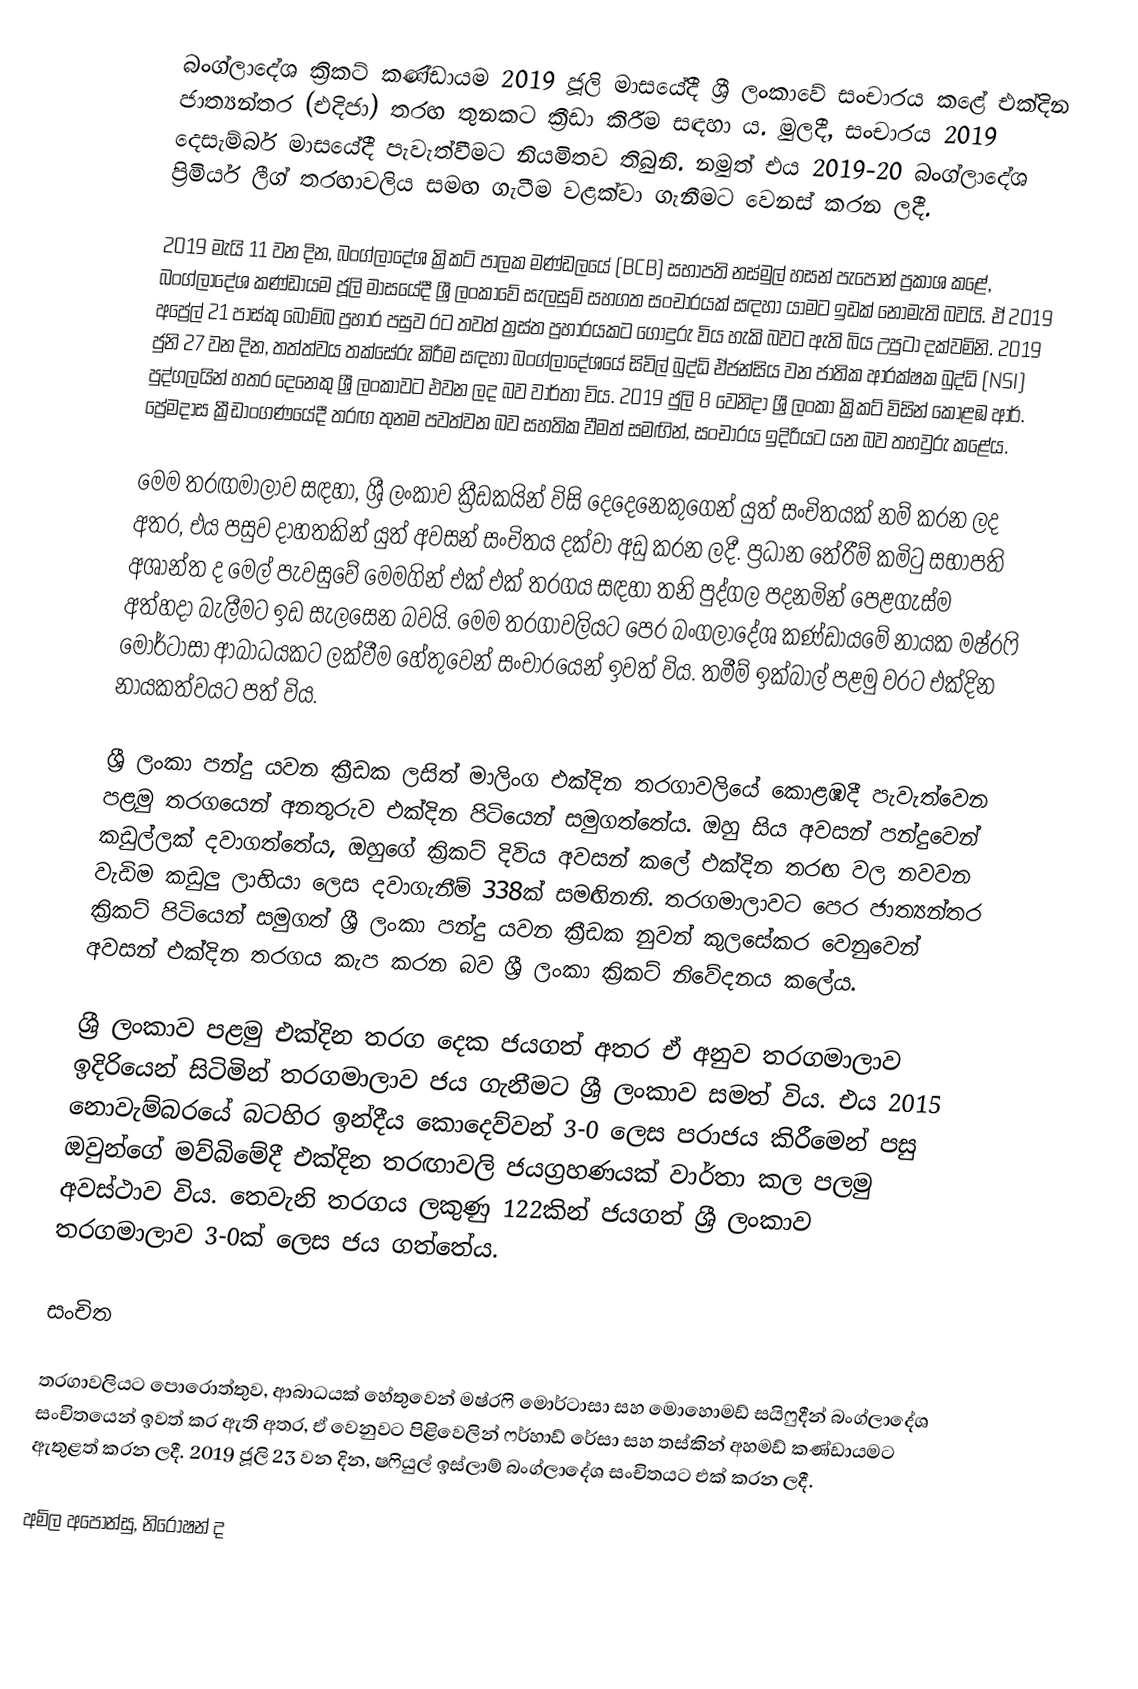
බංග්ලාදේශ ක්‍රිකට් කණ්ඩායම 2019 ජූලි මාසයේදී ශ්‍රී ලංකාවේ සංචාරය කළේ එක්දින ජාත්‍යන්තර (එදිජා) තරඟ තුනකට ක්‍රීඩා කිරීම සඳහා ය. මුලදී, සංචාරය 2019 දෙසැම්බර් මාසයේදී පැවැත්වීමට නියමිතව තිබුනි. නමුත් එය 2019-20 බංග්ලාදේශ ප්‍රිමියර් ලීග් තරඟාවලිය සමඟ ගැටීම වළක්වා ගැනීමට වෙනස් කරන ලදී.

2019 මැයි 11 වන දින, බංග්ලාදේශ ක්‍රිකට් පාලක මණ්ඩලයේ (BCB) සභාපති නස්මුල් හසන් පැපොන් ප්‍රකාශ කළේ, බංග්ලාදේශ කණ්ඩායම ජූලි මාසයේදී ශ්‍රී ලංකාවේ සැලසුම් සහගත සංචාරයක් සඳහා යාමට ඉඩක් නොමැති බවයි. ඒ 2019 අප්‍රේල් 21 පාස්කු බෝම්බ ප්‍රහාර පසුව රට තවත් ත්‍රස්ත ප්‍රහාරයකට ගොදුරු විය හැකි බවට ඇති බිය උපුටා දක්වමිනි. 2019 ජුනි 27 වන දින, තත්ත්වය තක්සේරු කිරීම සඳහා බංග්ලාදේශයේ සිවිල් බුද්ධි ඒජන්සිය වන ජාතික ආරක්ෂක බුද්ධි (NSI) පුද්ගලයින් හතර දෙනෙකු ශ්‍රී ලංකාවට එවන ලද බව වාර්තා විය. 2019 ජුලි 8 වෙනිදා ශ්‍රී ලංකා ක්‍රිකට් විසින් කොළඹ ආර්. ප්‍රේමදාස ක්‍රීඩාංගණයේදී තරඟ තුනම පවත්වන බව සහතික වීමත් සමඟින්, සංචාරය ඉදිරියට යන බව තහවුරු කළේය.

මෙම තරඟමාලාව සඳහා, ශ්‍රී ලංකාව ක්‍රීඩකයින් විසි දෙදෙනෙකුගෙන් යුත් සංචිතයක් නම් කරන ලද අතර, එය පසුව දාහතකින් යුත් අවසන් සංචිතය දක්වා අඩු කරන ලදී. ප්‍රධාන තේරීම් කමිටු සභාපති අශාන්ත ද මෙල් පැවසුවේ මෙමගින් එක් එක් තරගය සඳහා තනි පුද්ගල පදනමින් පෙළගැස්ම අත්හදා බැලීමට ඉඩ සැලසෙන බවයි. මෙම තරගාවලියට පෙර බංගලාදේශ කණ්ඩායමේ නායක මෂ්රෆි මොර්ටාසා ආබාධයකට ලක්වීම හේතුවෙන් සංචාරයෙන් ඉවත් විය. තමීම් ඉක්බාල් පළමු වරට එක්දින නායකත්වයට පත් විය.

ශ්‍රී ලංකා පන්දු යවන ක්‍රීඩක ලසිත් මාලිංග එක්දින තරගාවලියේ කොළඹදී පැවැත්වෙන පළමු තරගයෙන් අනතුරුව එක්දින පිටියෙන් සමුගත්තේය. ඔහු සිය අවසන් පන්දුවෙන් කඩුල්ලක් දවාගත්තේය, ඔහුගේ ක්‍රිකට් දිවිය අවසන් කලේ එක්දින තරඟ වල නවවන වැඩිම කඩුලු ලාභියා ලෙස දවාගැනීම් 338ක් සමඟිනනි. තරගමාලාවට පෙර ජාත්‍යන්තර ක්‍රිකට් පිටියෙන් සමුගත් ශ්‍රී ලංකා පන්දු යවන ක්‍රීඩක නුවන් කුලසේකර වෙනුවෙන් අවසන් එක්දින තරගය කැප කරන බව ශ්‍රී ලංකා ක්‍රිකට් නිවේදනය කලේය.

ශ්‍රී ලංකාව පළමු එක්දින තරග දෙක ජයගත් අතර ඒ අනුව තරගමාලාව  ඉදිරියෙන් සිටිමින් තරගමාලාව ජය ගැනීමට ශ්‍රී ලංකාව සමත් විය. එය 2015 නොවැම්බරයේ බටහිර ඉන්දීය කොදෙව්වන් 3-0 ලෙස පරාජය කිරීමෙන් පසු ඔවුන්ගේ මව්බිමේදී එක්දින තරඟාවලි ජයග්‍රහණයක් වාර්තා කල පලමු අවස්ථාව විය. තෙවැනි තරගය ලකුණු 122කින් ජයගත් ශ්‍රී ලංකාව තරගමාලාව 3-0ක් ලෙස ජය ගත්තේය.

සංචිත

තරගාවලියට පොරොත්තුව, ආබාධයක් හේතුවෙන් මෂ්රෆි මොර්ටාසා සහ මොහොමඩ් සයිෆුදීන් බංග්ලාදේශ සංචිතයෙන් ඉවත් කර ඇති අතර, ඒ වෙනුවට පිළිවෙලින් ෆර්හාඩ් රේසා සහ තස්කින් අහමඩ් කණ්ඩායමට ඇතුළත් කරන ලදී. 2019 ජූලි 23 වන දින, ෂෆියුල් ඉස්ලාම් බංග්ලාදේශ සංචිතයට එක් කරන ලදී.

අමිල අපෝන්සු, නිරෝෂන් ද